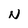
Character: N